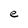
Character: e